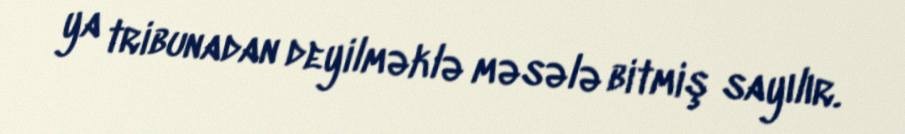
ya tribunadan deyilməklə məsələ bitmiş sayılır.